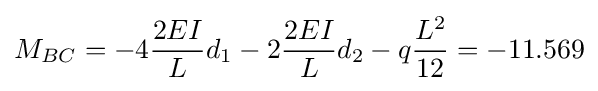
M_{BC}=-4{\frac {2EI}{L}}d_{1}-2{\frac {2EI}{L}}d_{2}-q{\frac {L^{2}}{12}}=-11.569